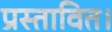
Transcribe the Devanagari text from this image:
प्रस्तावित।